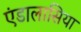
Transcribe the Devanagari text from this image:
एंडालासिया